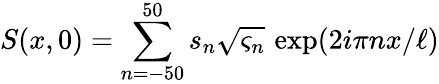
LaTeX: S(x,0)=\sum_{n=-50}^{50}s_{n}\sqrt{\varsigma_{n}}\, \exp(2i\pi nx/\ell)